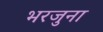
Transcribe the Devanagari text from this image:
भरजुना